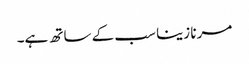
مرنا زینا سب کے ساتھ ہے۔